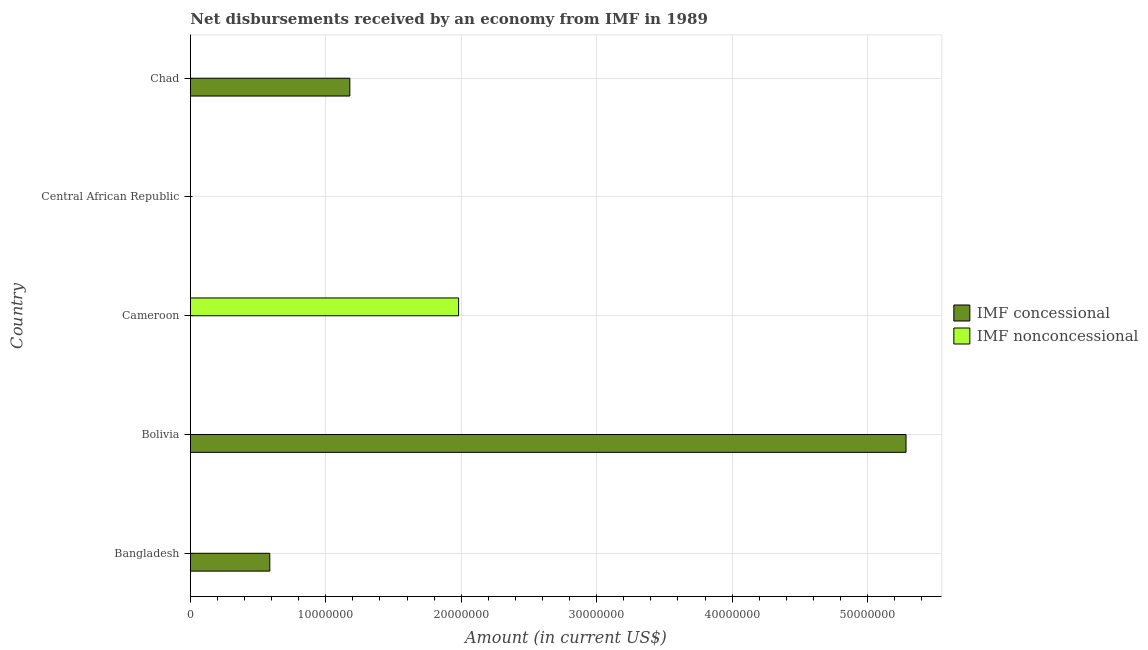
| Country | IMF concessional | IMF nonconcessional |
 | --- | --- | --- |
 | Bangladesh | 5.87e+06 | -1.06e+08 |
 | Bolivia | 5.28e+07 | -6.32e+06 |
 | Cameroon | -5.02e+06 | 1.98e+07 |
 | Central African Republic | -1.86e+06 | -1.16e+07 |
 | Chad | 1.18e+07 | -4.49e+06 |